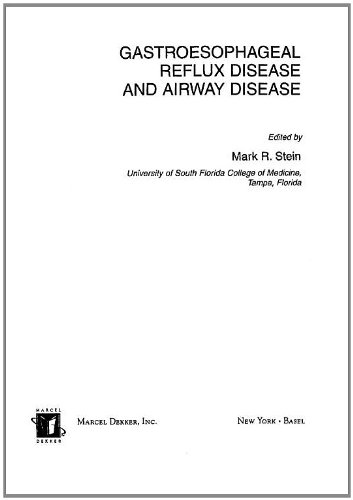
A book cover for Gastroesophageal Reflux Disease and Airway Disease (Lung Biology in Health and Disease); Health, Fitness & Dieting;